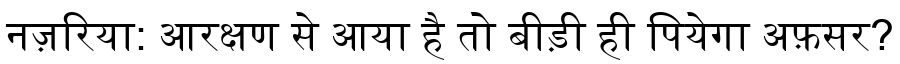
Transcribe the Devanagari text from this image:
नज़रिया: आरक्षण से आया है तो बीड़ी ही पियेगा अफ़सर?